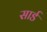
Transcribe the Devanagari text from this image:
सार्ड